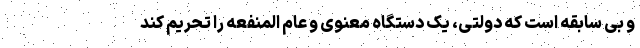
و بی سابقه است که دولتی، یک دستگاه معنوی و عام المنفعه را تحریم کند